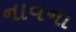
નાવના